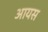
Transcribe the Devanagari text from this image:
आयस